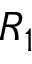
R _ { 1 }